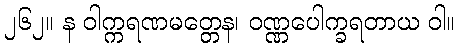
၂၆၂။ န ဝါက္ကရဏမတ္တေန၊ ဝဏ္ဏပေါက္ခရတာယ ဝါ။